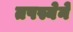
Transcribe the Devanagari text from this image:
तपस्येने